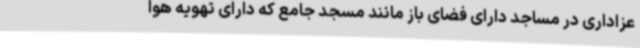
عزاداری در مساجد دارای فضای باز مانند مسجد جامع که دارای تهویه هوا